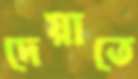
দেয়াতে